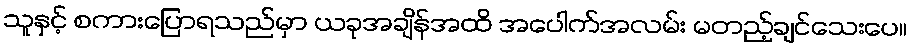
သူနှင့် စကားပြောရသည်မှာ ယခုအချိန်အထိ အပေါက်အလမ်း မတည့်ချင်သေးပေ။